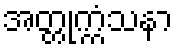
အတ္တုက္ကံသနာ